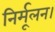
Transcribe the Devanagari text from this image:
निर्मूलन।